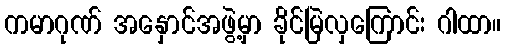
ကမာဂုဏ် အနှောင်အဖွဲ့မှာ ခိုင်မြဲလှကြောင်း ဂါထာ။